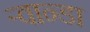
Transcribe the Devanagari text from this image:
ऱ्वान्डा